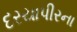
દરયાપીરના